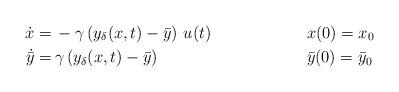
LaTeX: \begin{align*}\dot x =&\,- \gamma \left ( y_\delta({x},t)-\bar{y} \right ) \,u(t) && {x}(0)={x}_0\\\dot{\bar{y}} = &\, \gamma\left (y_\delta({x},t)-\bar{y}\right ) && \bar{y}(0)=\bar{y}_0 \end{align*}